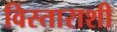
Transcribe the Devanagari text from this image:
विस्ताराशी